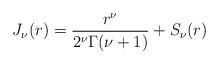
LaTeX: \begin{align*}J_{\nu}(r)=\frac{r^\nu}{2^\nu\Gamma(\nu+1)}+S_\nu(r)\end{align*}